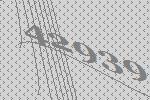
42939